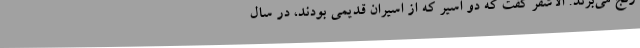
رنج می‌برند. الاشقر گفت که دو اسیر که از اسیران قدیمی بودند، در سال